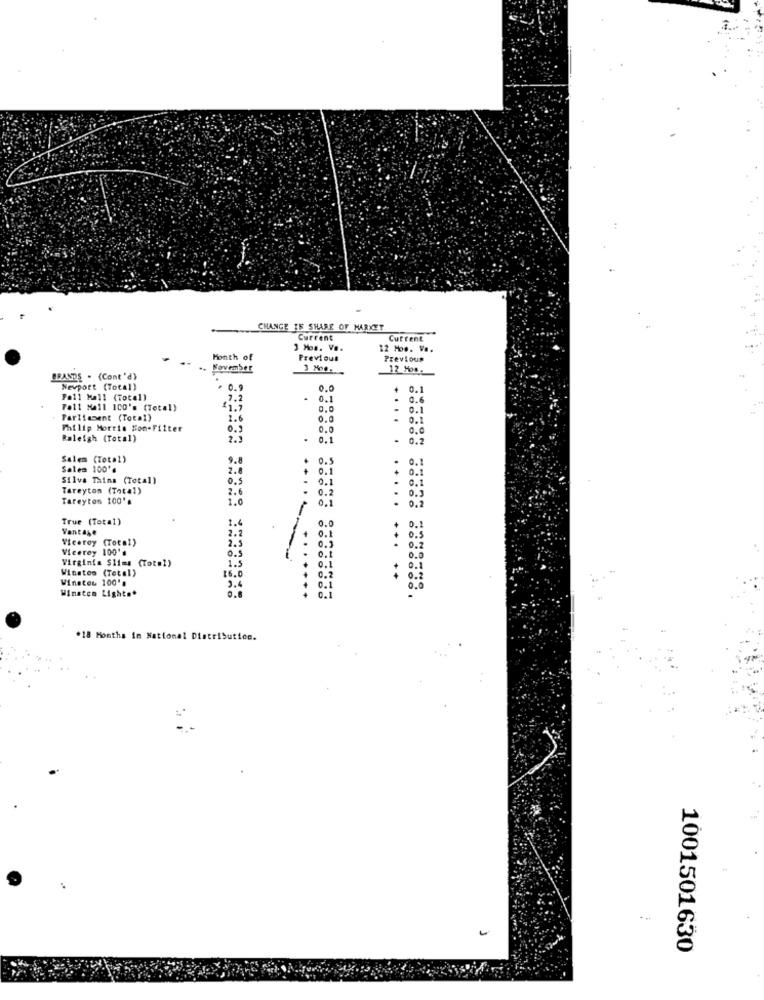
CHANGE IF SHARE OF MARKET
Current
Current
3 Mos. V ..
12 Mos. V ..
Month of
Previous
Previous
NovemSer
3 Moo.
12 Mos.
BRANDS . (Cont'd)
Nevport (Total)
0.9
0.1
Pall Mall (Total)
7.2
0.1
0.6
Foll Mall 100's (Total)
$1.7
.
0.1
Parliament (Total)
2.6
0.1
Philip Morris Son-Filter
0.2
0.0
Raleigh (Total)
2.1
.
0.1
.
0.2
Salem (Total)
9.8
0.
0.1
Salem 100'e
2.8
0.1
0.1
Silva Tains (Total)
0.5
0.1
.
0.1
Tareyton (Total)
2.6
.
0.2
.
0.3
Tareyton 100's
1.0
0.1
.
0.2
True (Total)
1.
0.0
Vantage
2.2
0.1
+
0.
Viceroy (Total)
2.5
0.2
.
0.
Viceroy 100's
0.5
0.1
0.2
Virginia Slims (Total)
1.5
0.1
0.0
Winston (Total)
16.0
0.2
0.1
Winston 100's
+
0.2
3.4
0.1
0.1
0.0
Winsten Lights*
.
*18 Months in National Distributice.
1001501630